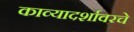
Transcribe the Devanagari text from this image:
काव्यादर्शावरचे